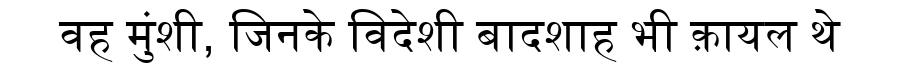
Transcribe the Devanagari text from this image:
वह मुंशी, जिनके विदेशी बादशाह भी क़ायल थे